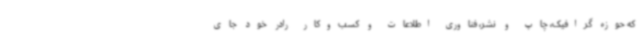
که حوزه گرافیک، چاپ و نشر، فناوری اطلاعات و کسب‌وکار رادر خود جای